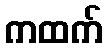
ကထက်